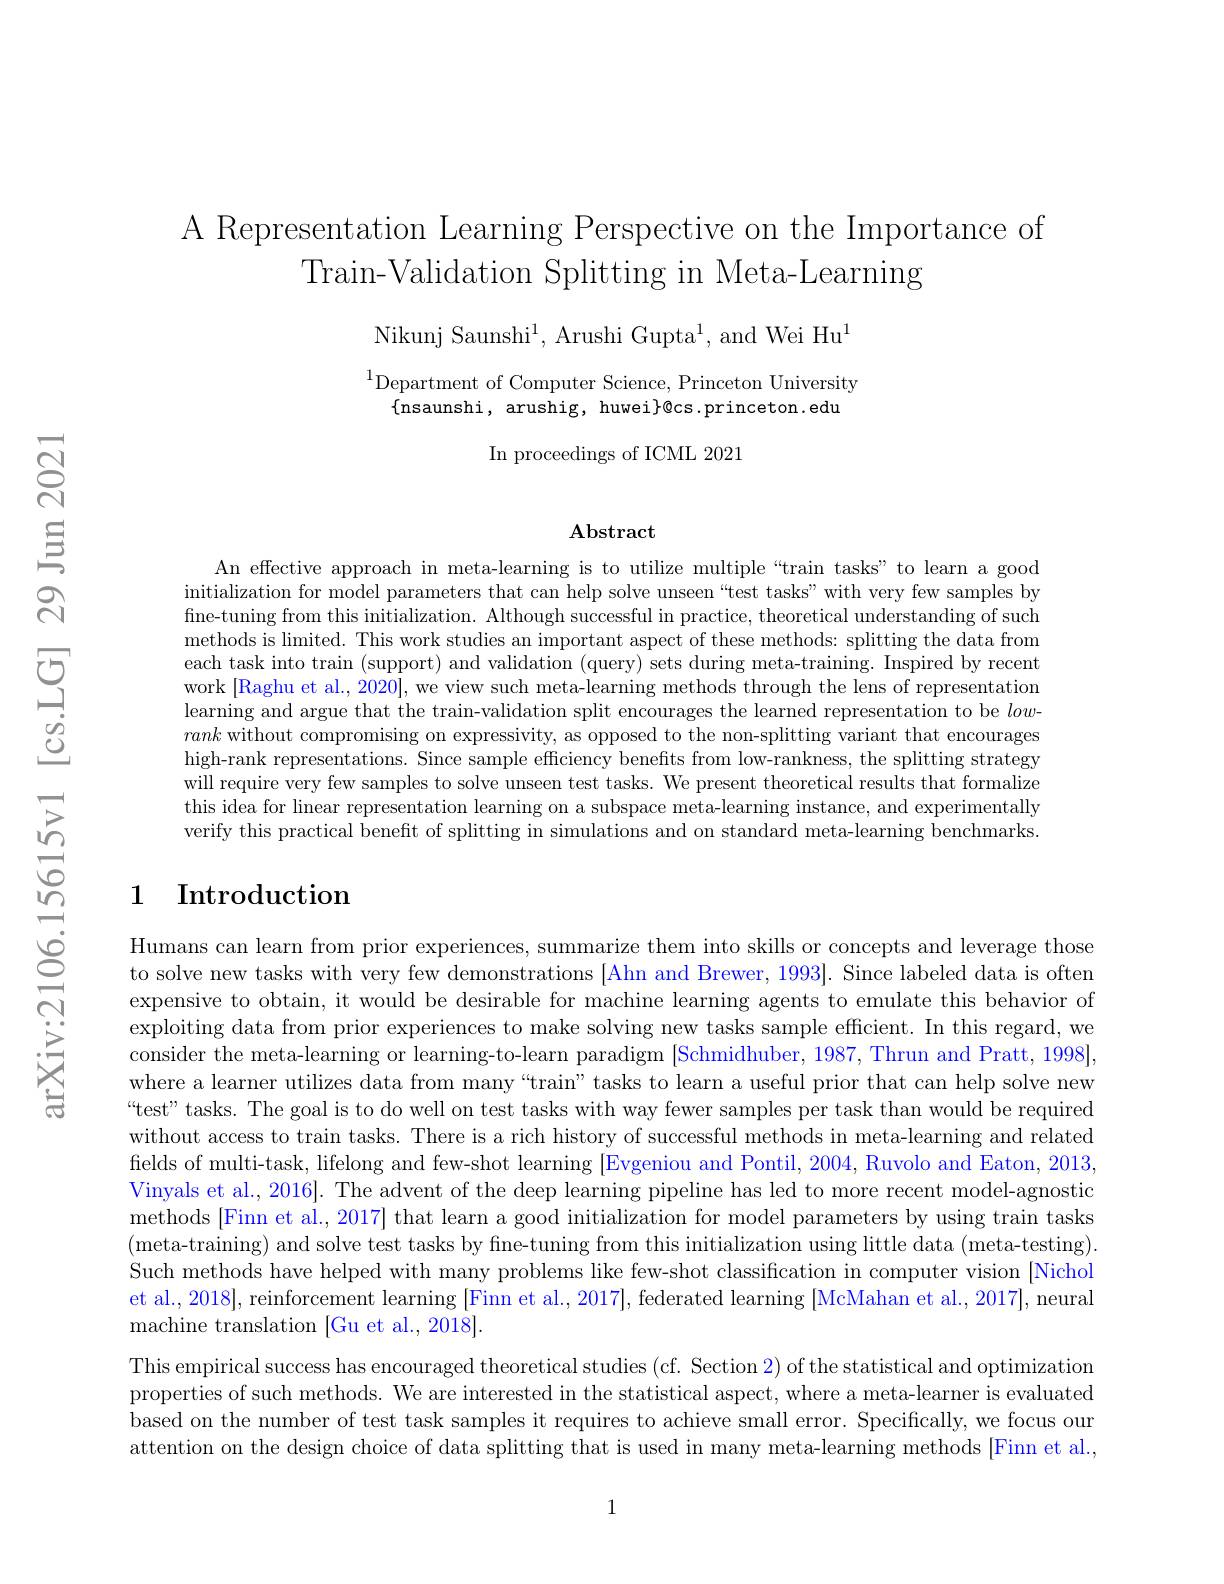
A Representation Learning Perspective on the Importance of
Train-Validation Splitting in Meta-Learning

Nikunj Saunshi$^1$, Arushi Gupta$^1$, and Wei Hu$^1$

$^{1}$Department of Computer Science, Princeton University
$\{$nsaunshi, arushig, huwei$\}$@cs.princeton.edu

In proceedings of ICML 2021

### $\mathbf{Abstract}$

An effective approach in meta-learning is to utilize multiple“train tasks”to learn a good initialization for model parameters that can help solve unseen“test tasks”with very few samples by fine-tuning from this initialization. Although successful in practice, theoretical understanding of such methods is limited. This work studies an important aspect of these methods: splitting the data from each task into train (support) and validation (query) sets during meta-training. Inspired by recent work [Raghu et al., 2020], we view such meta-learning methods through the lens of representation learning and argue that the train-validation split encourages the learned representation to be lowrank without compromising on expressivity, as opposed to the non-splitting variant that encourages high-rank representations. Since sample efficiency benefits from low-rankness, the splitting strategy will require very few samples to solve unseen test tasks. We present theoretical results that formalize this idea for linear representation learning on a subspace meta-learning instance, and experimentally verify this practical beneft of splitting in simulations and on standard meta-learning benchmarks

## 1 Introduction

Humans can learn from prior experiences, summarize them into skills or concepts and leverage those to solve new tasks with very few demonstrations [Ahn and Brewer, 1993]. Since labeled data is often expensive to obtain, it would be desirable for machine learning agents to emulate this behavior of exploiting data from prior experiences to make solving new tasks sample efficient. In this regard, we consider the meta-learning or learning-to-learn paradigm [Schmidhuber, 1987, Thrun and Pratt, 1998], where a learner utilizes data from many“train” tasks to learn a useful prior that can help solve new “test" tasks. The goal is to do well on test tasks with way fewer samples per task than would be required without access to train tasks. There is a rich history of successful methods in meta-learning and related fields of multi-task, lifelong and few-shot learning [Evgeniou and Pontil, 2004, Ruvolo and Eaton, 2013, Vinyals et al., 2016]. The advent of the deep learning pipeline has led to more recent model-agnostic methods [Finn et al., 2017] that learn a good initialization for model parameters by using train tasks (meta-training) and solve test tasks by fine-tuning from this initialization using little data (meta-testing) Such methods have helped with many problems like few-shot classification in computer vision [Nichol et al., 2018],reinforcement learning [Finn et al., 2017], federated learning [McMahan et al., 2017], neural machine translation [Gu et al., 2018].
This empirical success has encouraged theoretical studies (cf. Section 2) of the statistical and optimization $\dot{\text{properties of such methods. We are interested in the statistical aspect,where a meta-learner is evaluated}}$ based on the number of test task samples it requires to achieve small error. Specifically, we focus our

attention on the design choice of data splitting that is used in many meta-learning methods [Finn et al.,